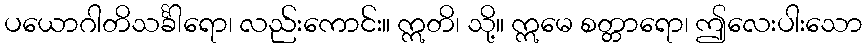
ပယောဂါတိသင်္ခါရော၊ လည်းကောင်း။ ဣတိ၊ သို့။ ဣမေ စတ္တာရော၊ ဤလေးပါးသော